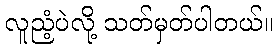
လူညံ့ပဲလို့ သတ်မှတ်ပါတယ်။